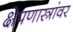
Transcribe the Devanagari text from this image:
क्षेपणास्त्रांवर